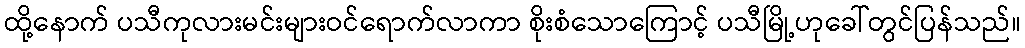
ထို့နောက် ပသီကုလားမင်းများဝင်ရောက်လာကာ စိုးစံသောကြောင့် ပသီမြို့ဟုခေါ်တွင်ပြန်သည်။